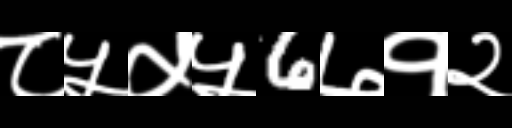
Text: ८५५५6७१२